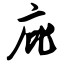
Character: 庇